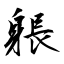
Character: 躼